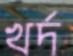
খর্দ